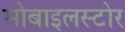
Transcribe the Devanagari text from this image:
मोबाइलस्टोर